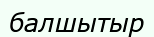
балшытыр